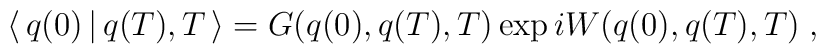
\langle \, q(0) \, | \, q(T) , T \, \rangle = G ( q(0), q(T), T )\exp i W ( q(0), q(T), T) \; ,